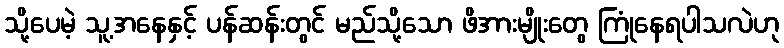
သို့ပေမဲ့ သူ့အနေနှင့် ပန်ဆန်းတွင် မည်သို့သော ဖိအားမျိုးတွေ ကြုံနေရပါသလဲဟု